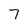
Character: 7